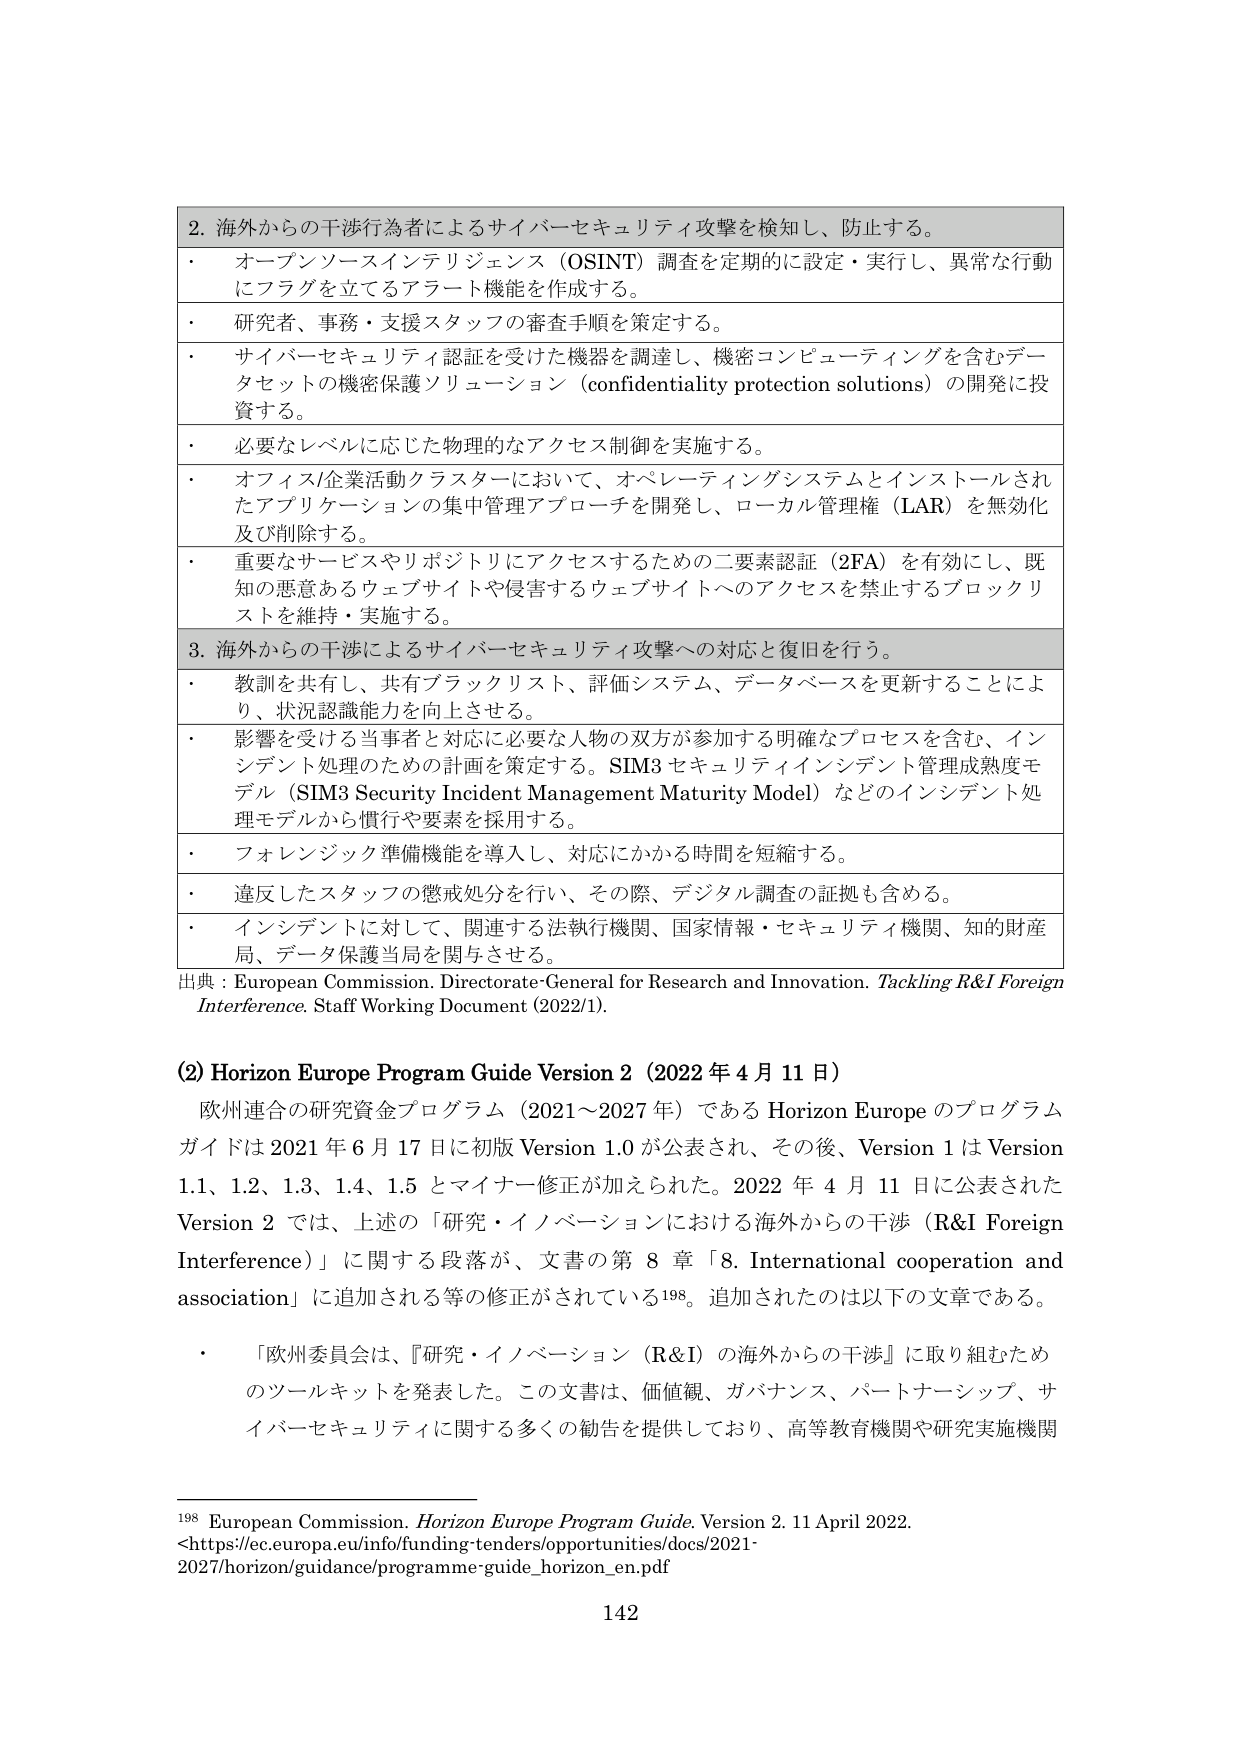
2. 海外からの干渉行為者によるサイバーセキュリティ攻撃を検知し、防止する。
・ オープンソースインテリジェンス（OSINT）調査を定期的に設定・実行し、異常な行動にフラグを立てるアラート機能を作成する。
・ 研究者、事務・支援スタッフの審査手順を策定する。
・ サイバーセキュリティ認証を受けた機器を調達し、機密コンピューティングを含むデータセットの機密保護ソリューション（confidentiality protection solutions）の開発に投資する。
・ 必要なレベルに応じた物理的なアクセス制御を実施する。
・ オフィス/企業活動クラスターにおいて、オペレーティングシステムとインストールされたアプリケーションの集中管理アプローチを開発し、ローカル管理権（LAR）を無効化及び削除する。
・ 重要なサービスやリポジトリにアクセスするための二要素認証（2FA）を有効にし、既知の悪意あるウェブサイトや侵害するウェブサイトへのアクセスを禁止するブロックリストを維持・実施する。
3. 海外からの干渉によるサイバーセキュリティ攻撃への対応と復旧を行う。
・ 教訓を共有し、共有ブラックリスト、評価システム、データベースを更新することにより、状況認識能力を向上させる。
・ 影響を受けた当事者と対応に必要な人物の双方が参加する明確なプロセスを含む、インシデント処理のための計画を策定する。SIM3 セキュリティインシデント管理成熟度モデル（SIM3 Security Incident Management Maturity Model）などのインシデント処理モデルから慣行や要素を採用する。
・ フォレンジック準備機能を導入し、対応にかかる時間を短縮する。
・ 違反したスタッフの懲戒処分を行い、その際、デジタル調査の証拠も含める。
・ インシデントに対して、関連する法執行機関、国家情報・セキュリティ機関、知的財産局、データ保護当局を関与させる。
出典：European Commission. Directorate-General for Research and Innovation. Tackling R&I Foreign Interference. Staff Working Document (2022/1).

(2) Horizon Europe Program Guide Version 2（2022 年 4 月 11 日）
欧州連合の研究資金プログラム（2021～2027 年）である Horizon Europe のプログラムガイドは 2021 年 6 月 17 日に初版 Version 1.0 が公表され、その後、Version 1 は Version 1.1、1.2、1.3、1.4、1.5 とマイナー修正が加えられた。2022 年 4 月 11 日に公表された Version 2 では、上述の「研究・イノベーションにおける海外からの干渉（R&I Foreign Interference）」に関する段落が、文書の第 8 章「8. International cooperation and association」に追加される等の修正がされている198。追加されたのは以下の文章である。
・ 「欧州委員会は、『研究・イノベーション（R&I）の海外からの干渉』に取り組むためのツールキットを発表した。この文書は、価値観、ガバナンス、パートナーシップ、サイバーセキュリティに関する多くの勧告を提供しており、高等教育機関や研究実施機関

198 European Commission. Horizon Europe Program Guide. Version 2. 11 April 2022. <https://ec.europa.eu/info/funding-tenders/opportunities/docs/2021-2027/horizon/guidance/programme-guide_horizon_en.pdf>
142